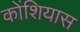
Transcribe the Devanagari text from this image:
कोंशियास